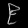
Digit: ၉